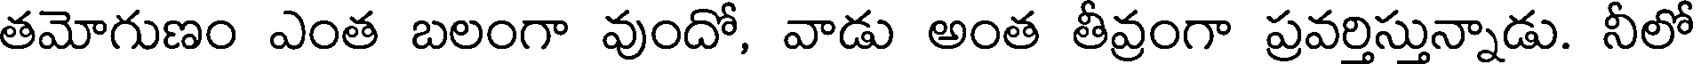
తమోగుణం ఎంత బలంగా వుందో, వాడు అంత తీవ్రంగా ప్రవర్తిస్తున్నాడు. నీలో